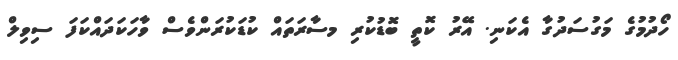
ހޯދުމުގެ މަގުސަދުގާ އެކަނި. އޭރު ކޮތީ ބޮޑުކުރި މސާރަތައް ކުޑަކުރަންވެސް ވާހަކަދައްކަފަ ސިވިލް